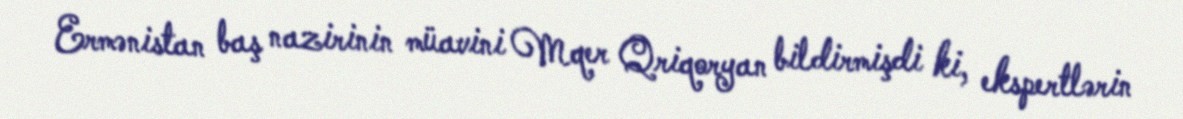
Ermənistan baş nazirinin müavini Mqer Qriqoryan bildirmişdi ki, ekspertlərin